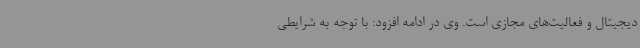
دیجیتال و فعالیت‌های مجازی است. وی در ادامه افزود: با توجه به شرایطی